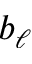
b _ { \ell }